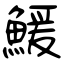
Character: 鰀